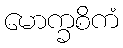
မောက္ခစိကံ